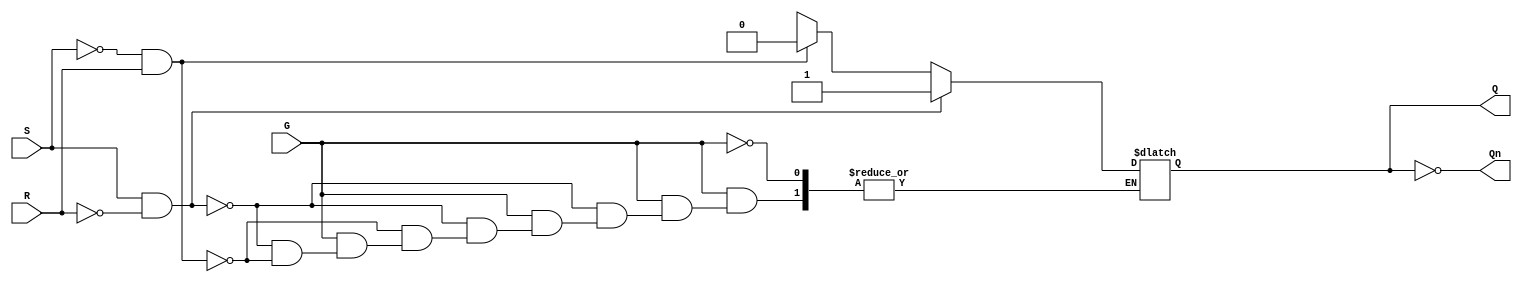
module gated_sr_latch (
    input wire S,    // Set input
    input wire R,    // Reset input
    input wire G,    // Gate input
    output reg Q,    // Output
    output wire Qn   // Complement of output
);

    assign Qn = ~Q; // Q' is the complement of Q

    always @(*) begin
        if (G) begin
            if (S && ~R) begin
                Q = 1; // Set Q to 1
            end else if (~S && R) begin
                Q = 0; // Reset Q to 0
            end else if (S && R) begin
                // Indeterminate state, typically should be avoided
                // Q remains unchanged in this case
            end else begin
                // Do nothing, retain the previous state
                Q = Q; // Retain previous state
            end
        end
        // If G is low, Q retains its previous value
    end

endmodule